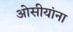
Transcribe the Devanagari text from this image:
ओसीयांना